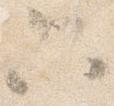
只